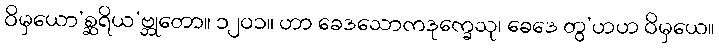
ဝိမှယော’စ္ဆရိယ’ဗ္ဘုတော။ ၁၂၀၁။ ဟာ ခေဒသောကဒုက္ခေသု၊ ခေဒေ တွ’ဟဟ ဝိမှယေ။